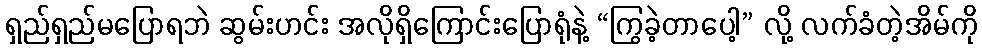
ရှည်ရှည်မပြောရဘဲ ဆွမ်းဟင်း အလိုရှိကြောင်းပြောရုံနဲ့ “ကြွခဲ့တာပေါ့” လို့ လက်ခံတဲ့အိမ်ကို